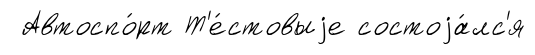
Автоспо́рт Т'е́стовыjе состоjа́лс'я